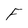
Character: F